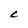
Character: C